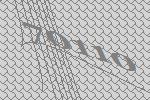
70110